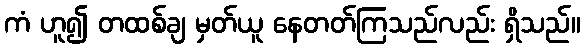
ကံ ဟူ၍ တထစ်ချ မှတ်ယူ နေတတ်ကြသည်လည်း ရှိသည်။